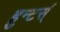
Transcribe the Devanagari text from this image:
हुन्टर्स्